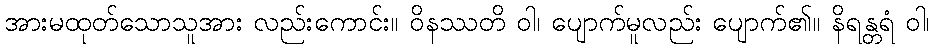
အားမထုတ်သောသူအား လည်းကောင်း။ ဝိနဿတိ ဝါ၊ ပျောက်မူလည်း ပျောက်၏။ နိရန္တရံ ဝါ၊